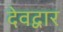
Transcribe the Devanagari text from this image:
देवद्वार